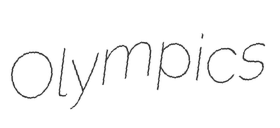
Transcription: Olympics